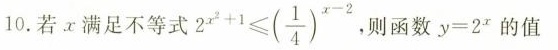
10.若x满足不等式$$2 ^ { x ^ { 2 } + 1 } ≤ ( \frac { 1 } { 4 } ) ^ { x - 2 }$$ ，则函数$$y = 2 ^ { x }$$的值